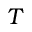
T